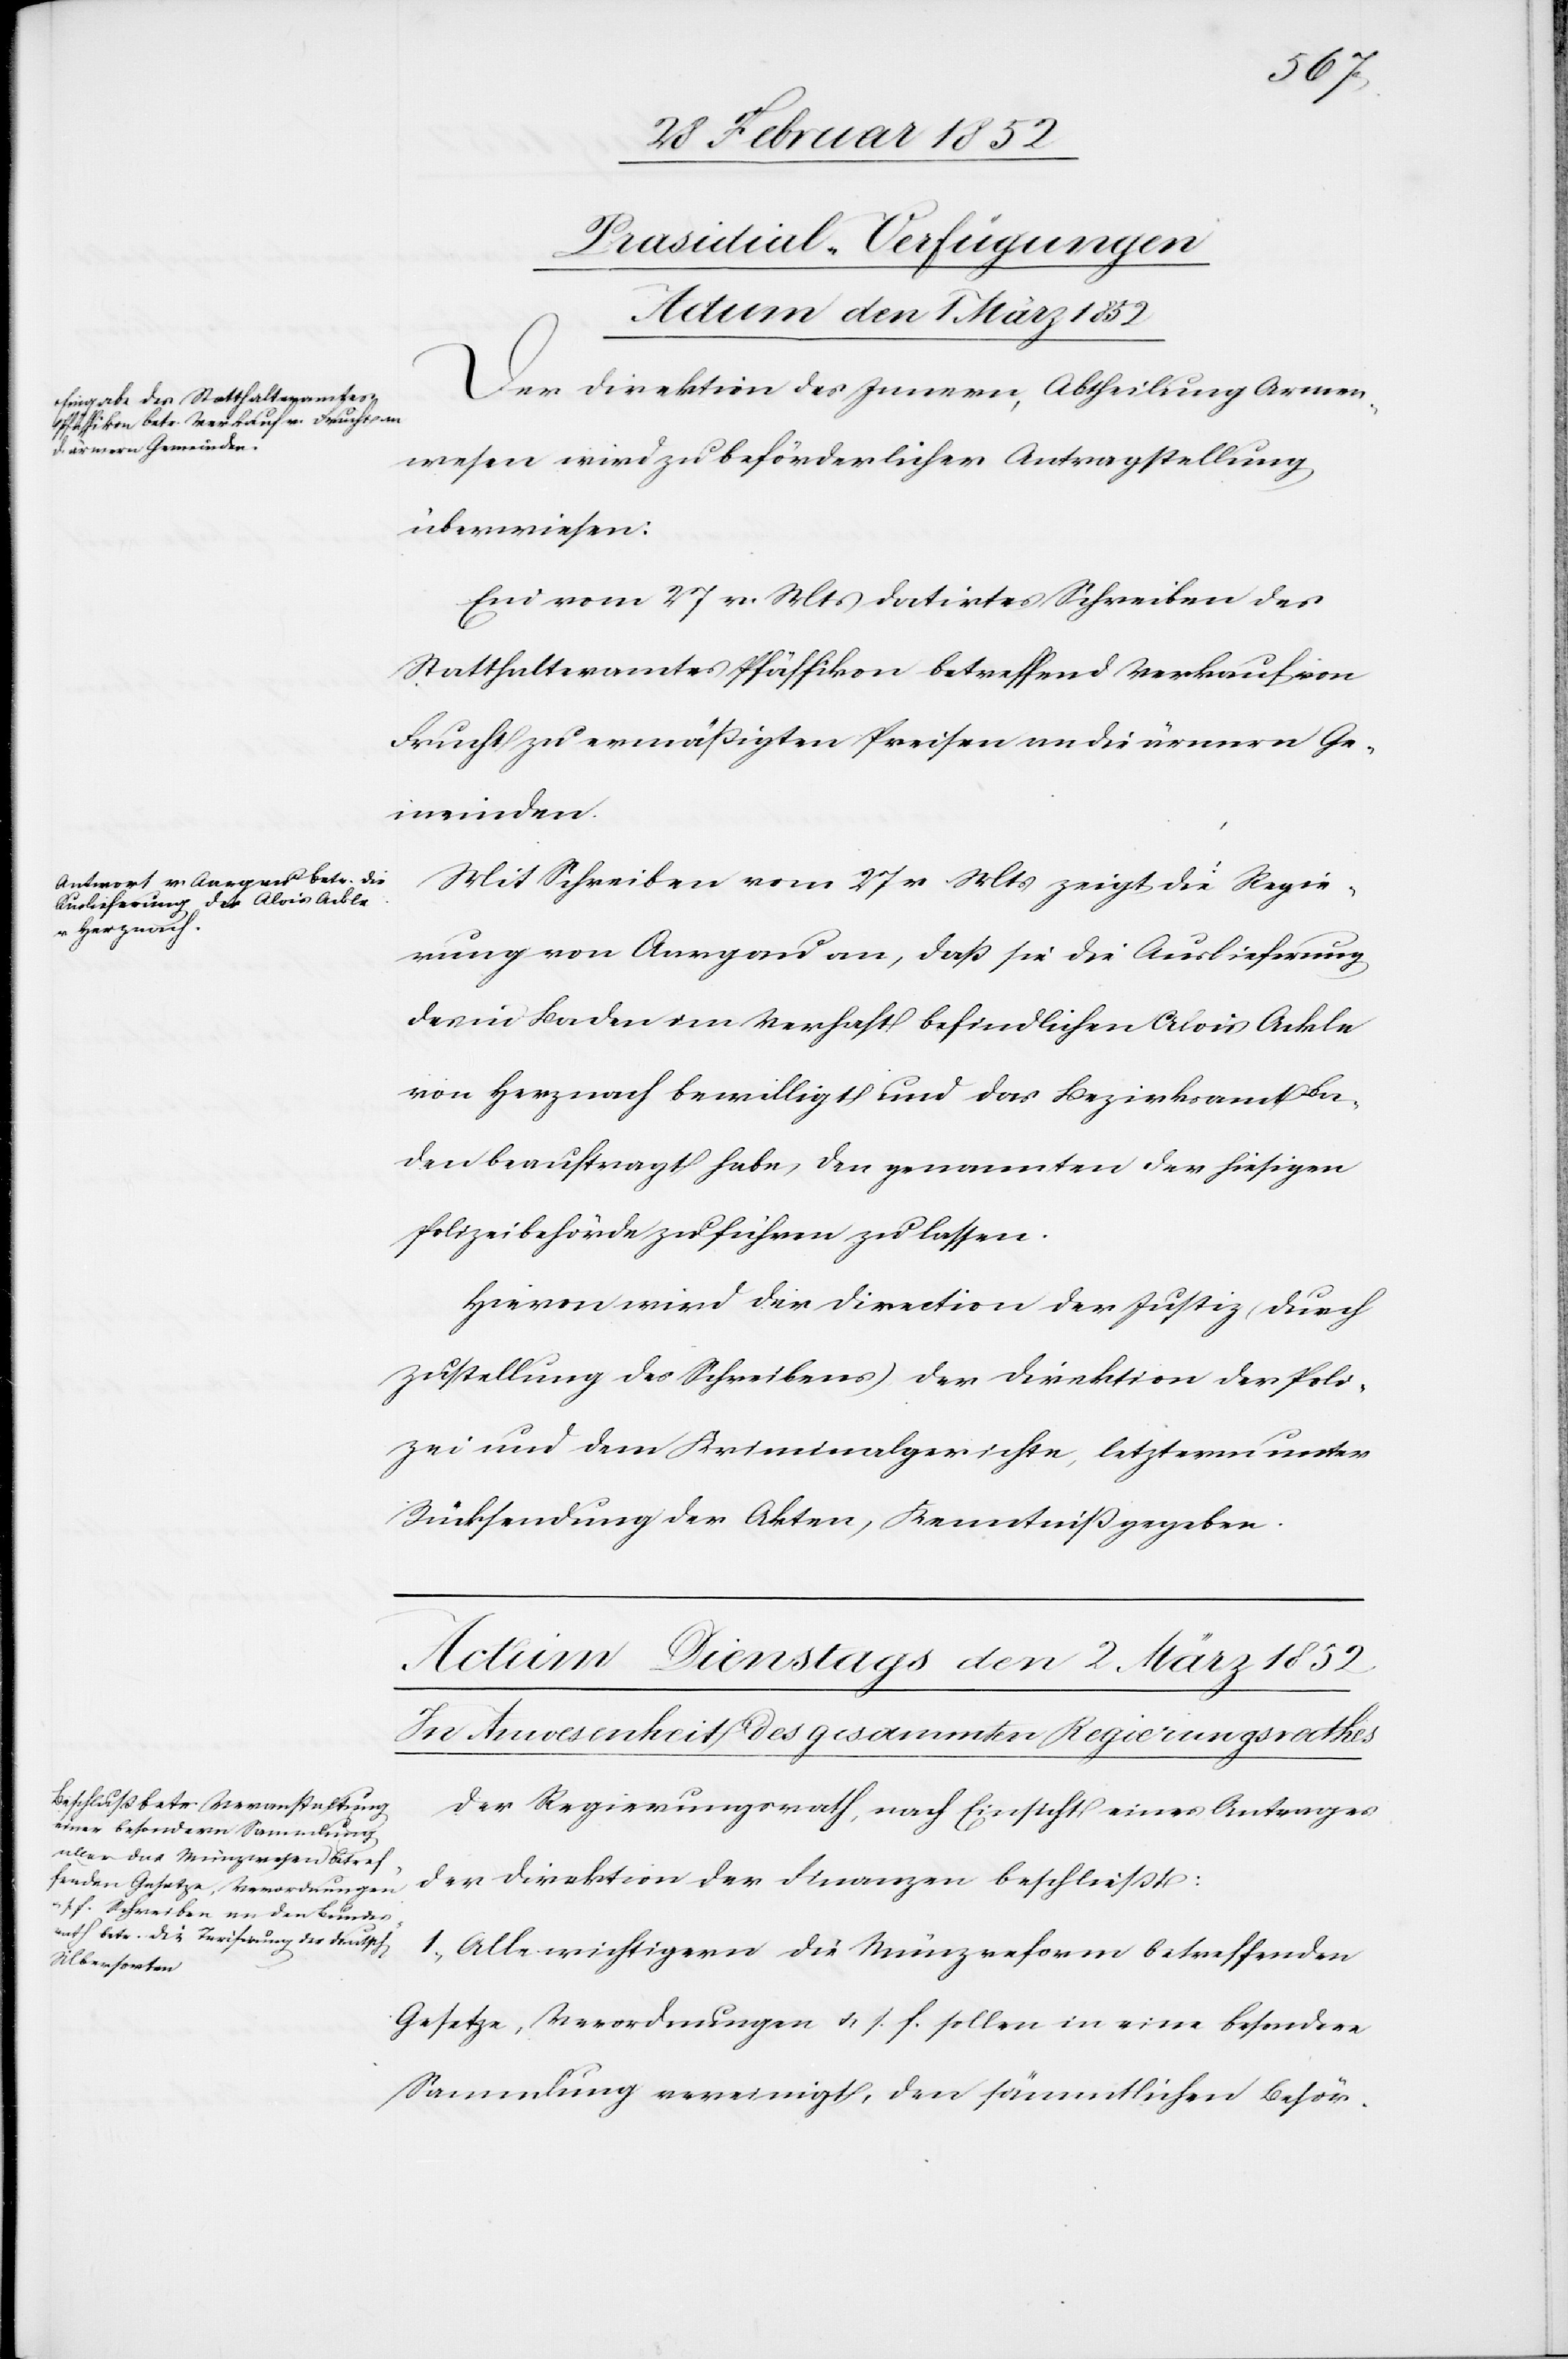
[Präsidial-Verfügungen
Actum den 1 März 1852]
Der Direktion des Innern, Abtheilung Armen¬
wesen wird zu beförderlicher Antragstellung
überwiesen:
Ein vom 27 v. Mts datirtes Schreiben des
Statthalteramtes Pfäffikon betreffend Verkauf von
Frucht zu ermäßigten Preisen an die ärmern Ge¬
meinden.
Mit Schreiben vom 27 v. Mts zeigt die Regie¬
rung von Aargau an, daß sie die Auslieferung
des in Baden im Verhaft befindlichen Alois Ackle
von Herznach bewilligt und das Bezirksamt Ba¬
den beauftragt habe, den genannten der hiesigen
Polizeibehörde zuführen zu lassen.
Hiervon wird der Direction der Justiz, (durch
Zustellung des Schreibens) der Direktion der Poli¬
zei und dem Kriminalgerichte, letzterm unter
Rücksendung der Akten, Kenntniß gegeben.
Der Regierungsrath, nach Einsicht eines Antrages
der Direktion der Finanzen beschließt:
1.) Alle wichtigern die Münzreform betreffenden
Gesetze, Verordnungen u. s. f. sollen in eine besondere
Sammlung vereinigt, den sämmtlichen Behör-